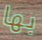
بها